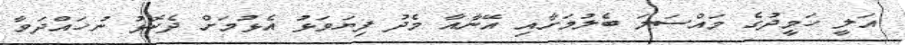
އަލީ ހަމީދުގެ މައްސަލަ ބެލުމަށާއި އޭނާއާ މެދު ފިޔަވަޅު އެޅުމަށް ދެކޮޅު ނުހައްދަވާ